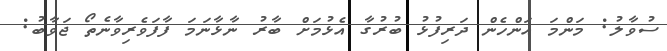
ސުވާލު: މަންމަ އަންހެން ދަރިފުޅު ބުރުގާ އެޅުމަށް ބާރު ނާޅާނަމަ ފާފަވެރިވާނެތޯ ޖަވާބު: